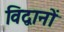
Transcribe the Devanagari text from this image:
विद्वानों